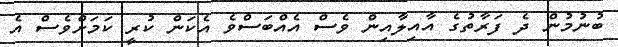
ބުނުމުން ދެ ފަރާތުގެ އާއިލާއިން ވެސް އެއްބަސްވެ އެކަން ކުރީ ކަމަށްވެސް އެ